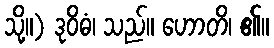
သို့။) ဒုဝိဓံ၊ သည်။ ဟောတိ၊ ၏။